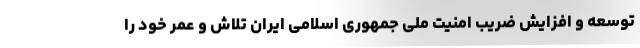
توسعه و افزایش ضریب امنیت ملی جمهوری اسلامی ایران تلاش و عمر خود را